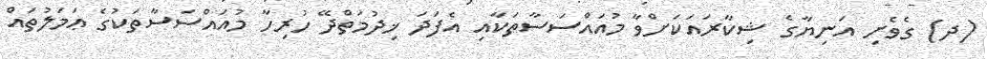
(ދ) ގެވެށި އަނިޔާގެ ޝިކާރައަކަށްވާ މުއައްސަސާތަކާއި އެފަދަ ޚިދުމަތްދޭ ހުރިހާ މުއައްސަސާތަކުގެ ޢަމަލުތައް